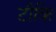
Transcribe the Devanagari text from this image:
टौकि